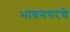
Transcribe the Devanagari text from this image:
भावनगरचे